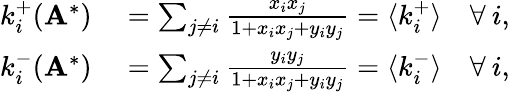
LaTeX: \begin{array}{rl}{k_{i}^{+}(\mathbf{A}^{*})}&{{}=\sum_{j\neq i}\frac{x_{i}x_{j}}{1+x_{i}x_{j}+y_{i}y_{j}}=\langle k_{i}^{+}\rangle\quad\forall\: i,}\\ {k_{i}^{-}(\mathbf{A}^{*})}&{{}=\sum_{j\neq i}\frac{y_{i}y_{j}}{1+x_{i}x_{j}+y_{i}y_{j}}=\langle k_{i}^{-}\rangle\quad\forall\: i,}\end{array}